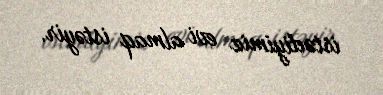
istədiyimiz evi almaq istəyir.